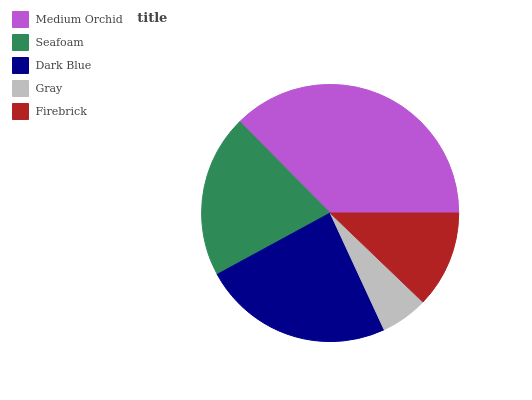
| Medium Orchid | Seafoam | Dark Blue | Gray | Firebrick |
 | --- | --- | --- | --- | --- |
 | 37.4% | 20.5% | 24% | 5.93% | 12.2% |